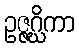
ဥဇ္ဇဂ္ဃိကာ